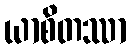
ယာစိတဿာ